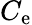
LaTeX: C_{\mathrm{e}}